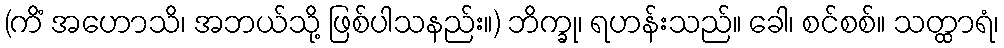
(ကိံ အဟောသိ၊ အဘယ်သို့ ဖြစ်ပါသနည်း။) ဘိက္ခု၊ ရဟန်းသည်။ ခေါ၊ စင်စစ်။ သတ္ထာရံ၊